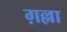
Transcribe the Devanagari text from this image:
ग़ल्ला